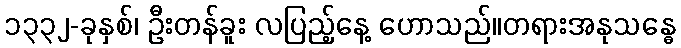
၁၃၃၂-ခုနှစ်၊ ဦးတန်ခူး လပြည့်နေ့ ဟောသည်။တရားအနုသန္ဓေ